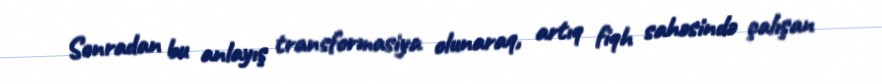
Sonradan bu anlayış transformasiya olunaraq, artıq fiqh sahəsində çalışan